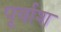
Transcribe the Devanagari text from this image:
पूर्वाश